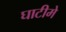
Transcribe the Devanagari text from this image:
घाटीमे